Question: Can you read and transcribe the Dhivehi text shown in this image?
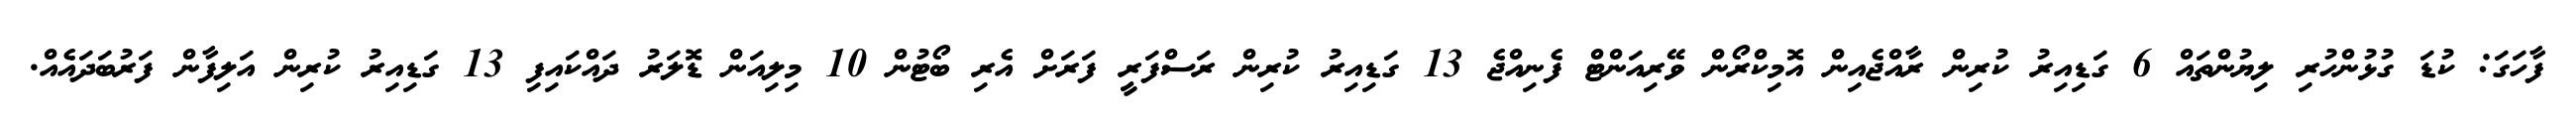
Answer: ފާހަގަ: ކުޑަ ގުޅުންހުރި ލިޔުންތައް 6 ގަޑިއިރު ކުރިން ރާއްޖެއިން އޮމިކްރޯން ވޭރިއަންޓް ފެނިއްޖެ 13 ގަޑިއިރު ކުރިން ރަސްފަރީ ފަރަށް އެރި ބޯޓުން 10 މިލިއަން ޑޮލަރު ދައްކައިފި 13 ގަޑިއިރު ކުރިން އަލިފާން ފަރުބަދައެއް.